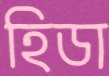
হিডা